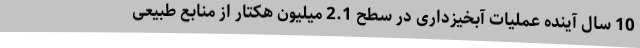
10 سال آینده عملیات آبخیزداری در سطح 2.1 میلیون هکتار از منابع طبیعی